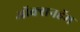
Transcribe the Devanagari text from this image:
ऑक्सनहॅम